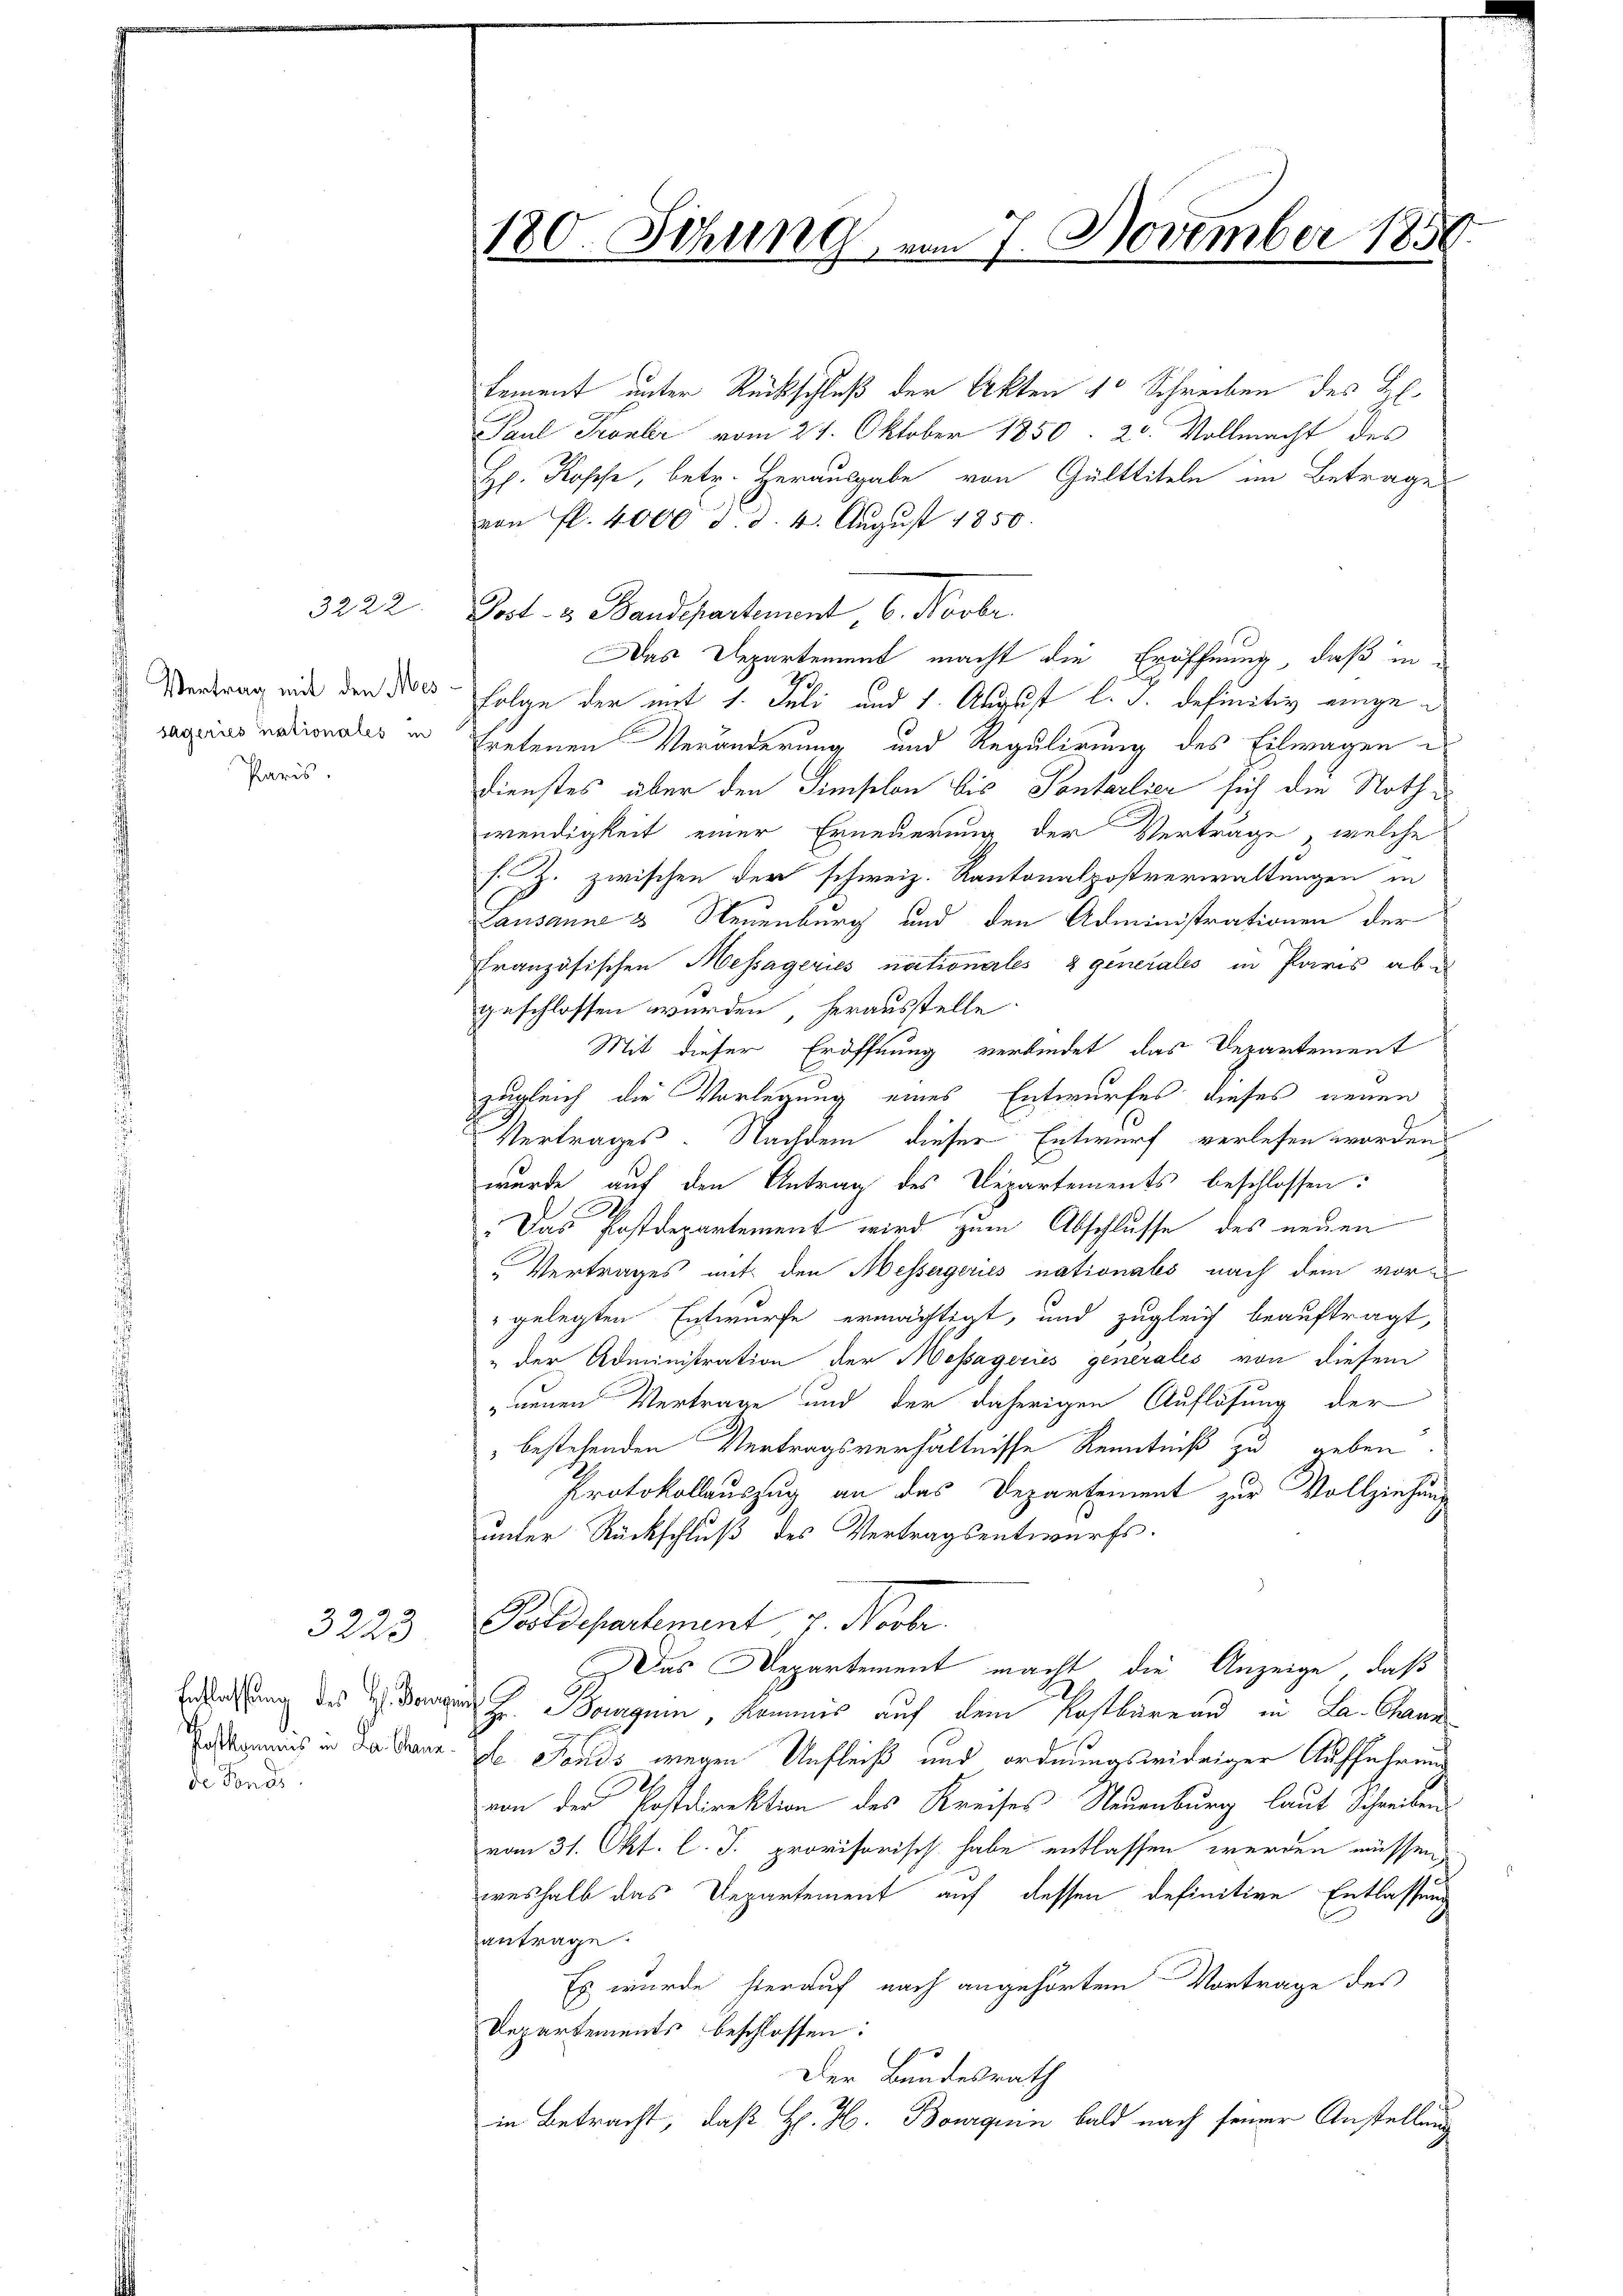
Paris.

3222

3223

de Fonds

180. Sitzung vom 7. November 1850.

tement unter Rückschluß der Akten 10 Schreiben des H.
Paul Fronler vom 24. Oktober 1850. 20. Vollmacht des
H. Kopf, betr. Herausgabe von Gülttiteln im Betrage
von fl. 4000 d. d. 4. Aŭgŭst 1850.
Post- u. Bandepartement 6. Novbr.
Das Departement macht die Eröffnung, daß in
Vertrag und den der Folan der mit 1. Juli und 1. August l. J. definitiv angerarius nationales in Exetenen Veränderung und Regulirung des Eilwagen d
Dienstes über den Simselon bis Ponterlier sich die Nothwendigkeit einer Erneuerung der Verträge, welche
s. Z. zwischen der schweiz. Kantonalpostverwaltungen in
Lausanne & Neuenburg und den Administrationen der
französischen Messageries nationales & generales in Paris abe
geschlossen wurden, herausstelle
Mit dieser Eröffnung verbindet, das Departement
zugleich die Vorlegung eines Entwurfes dieses neuen
Vertrages. Nachdem dieser Entwurf verlesen worden
wurde auf den Antrag des Departements beschlossen:
Das Postdepartement wird zum Abschlusse des neuen
Vertrages mit den Messergeries nationals nach dem vor¬
 gelegten Entwurfe ermächtigt, und zugleich beauftragt,
" der Administration der Mossageries générales von diesem
nenen Vertrage und der daherigen Auflösung der
" bestehenden Vertragsverhältnisse Kenntniß zu geben.
Protokollauszug an das Departement zur Vollziehung
unter Rückschluß des Vertragsentwurfs.
Poldepartement v. Novbr.
Das Departement macht, die Anzeige, daß
Erfassung des H. Denger h. Boguin, Kommis auf dem Kostbüreau in La. Staun
a omnis in da kann. Ehe Fonds wegen Unfleiß und ordnungswidriger Aufführung
von der Postdirektion des Kreises Neuenburg laut Schreiben
vom 31. Okt. l. J. provisorisch habe entlassen werden müssen
weshalb das Departement auf dessen definitive Entlassung
antrage
Es wurde hierauf nach angehörten Vortrage des
Departements beschlossen:
Der Bundesrath
in Betracht, daß H. H. Bourquin bald nach seiner Anstellung